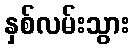
နှစ်လမ်းသွား